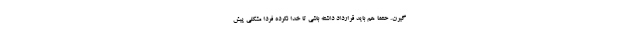
­گیرن. حتما هم باید قرارداد داشته باشی تا خدا نکرده فردا مشکلی پیش